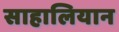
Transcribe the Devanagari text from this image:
साहालियान